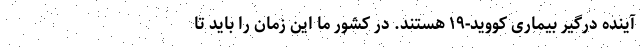
آینده درگیر بیماری کووید-۱۹ هستند. در کشور ما این زمان را باید تا